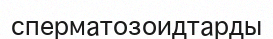
сперматозоидтарды